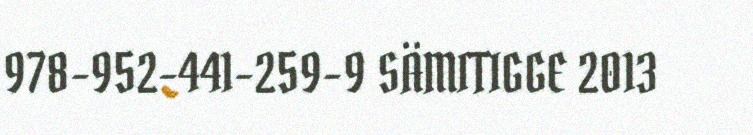
978-952-441-259-9 SÄMITIGGE 2013